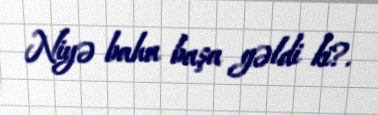
Niyə baha başa gəldi ki?.